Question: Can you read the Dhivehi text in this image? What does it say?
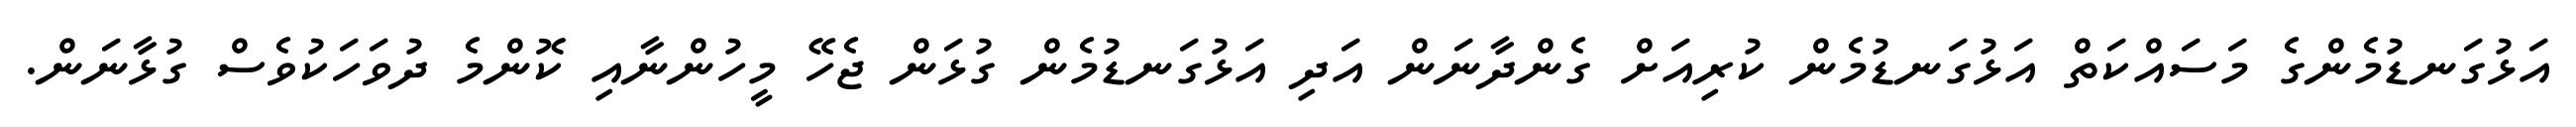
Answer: އަޅުގަނޑުމެންގެ މަސައްކަތް އަޅުގަނޑުމެން ކުރިއަށް ގެންދާނަން އަދި އަޅުގަނޑުމެން ގުޅަން ޖެހޭ މީހުންނާއި ކޮންމެ ދުވަހަކުވެސް ގުޅާނަން.